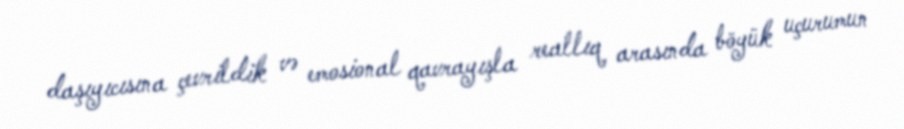
daşıyıcısına çevrildik və emosional qavrayışla reallıq arasında böyük uçurumun